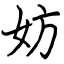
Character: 妨